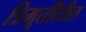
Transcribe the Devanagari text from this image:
त्रिमूर्तींतील